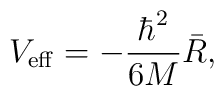
V_{\rm eff}=-\frac{\hbar ^2}{6M}\bar R,